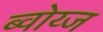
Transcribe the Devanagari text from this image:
ब्वोय्ज